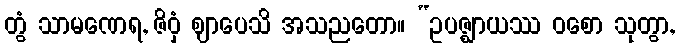
တွံ သာမဏေရ, ဇိဝှံ ဈာပေသိ အသညတော။ “ဥပဇ္ဈာယဿ ဝစော သုတွာ,